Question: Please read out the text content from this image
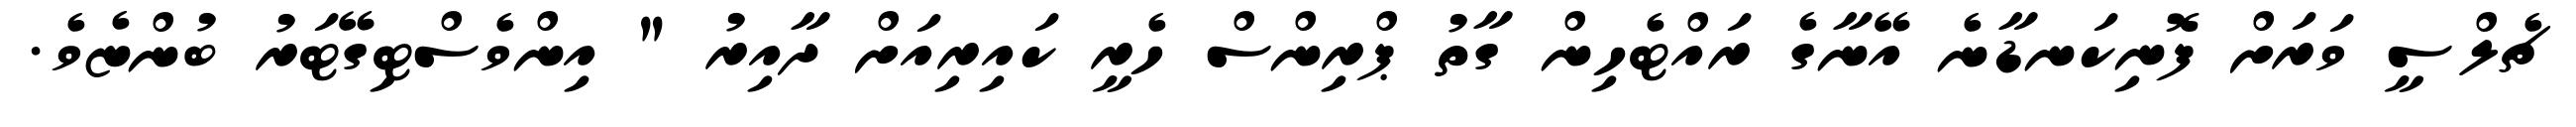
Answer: ޗެލްސީ ވަރަށް ފޮނިކަނޑާނެ އޭނާގެ ރައްޓެހިން ގާތު ޕްރިންސް ހެރީ ކައިރިއަށް ދާއިރު " އިންވެސްޓިގޭޓަރު ބުންޏެވެ.